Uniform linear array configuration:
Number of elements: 24
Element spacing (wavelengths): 0.25
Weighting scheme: binomial
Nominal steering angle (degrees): -15
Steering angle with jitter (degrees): -13.116
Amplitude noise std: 0.05
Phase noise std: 0.05

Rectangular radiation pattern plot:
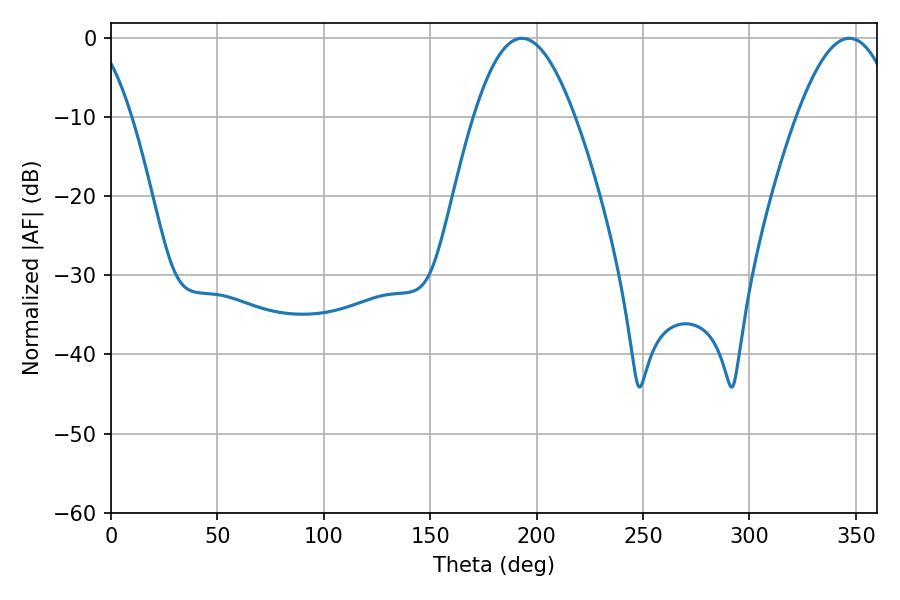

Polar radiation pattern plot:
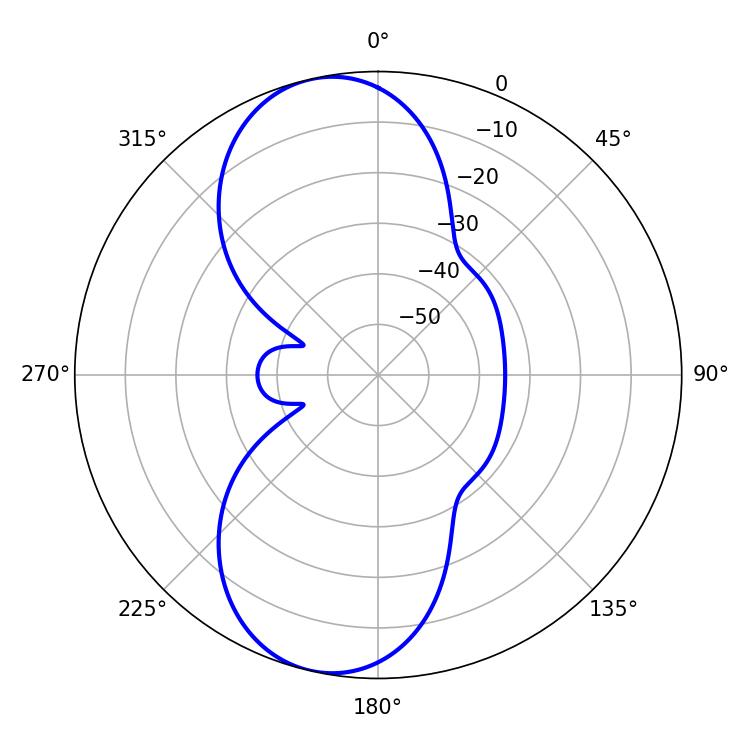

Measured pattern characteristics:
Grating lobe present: FALSE
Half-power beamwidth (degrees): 25.74
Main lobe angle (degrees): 193.14